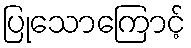
ပြုသောကြောင့်